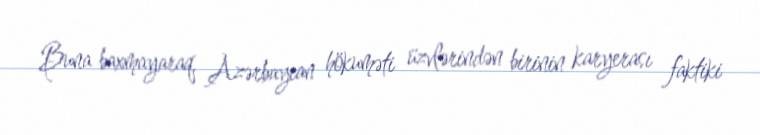
Buna baxmayaraq, Azərbaycan hökuməti üzvlərindən birinin karyerası faktiki